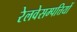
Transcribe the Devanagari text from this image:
रेलवेसम्पत्तियों